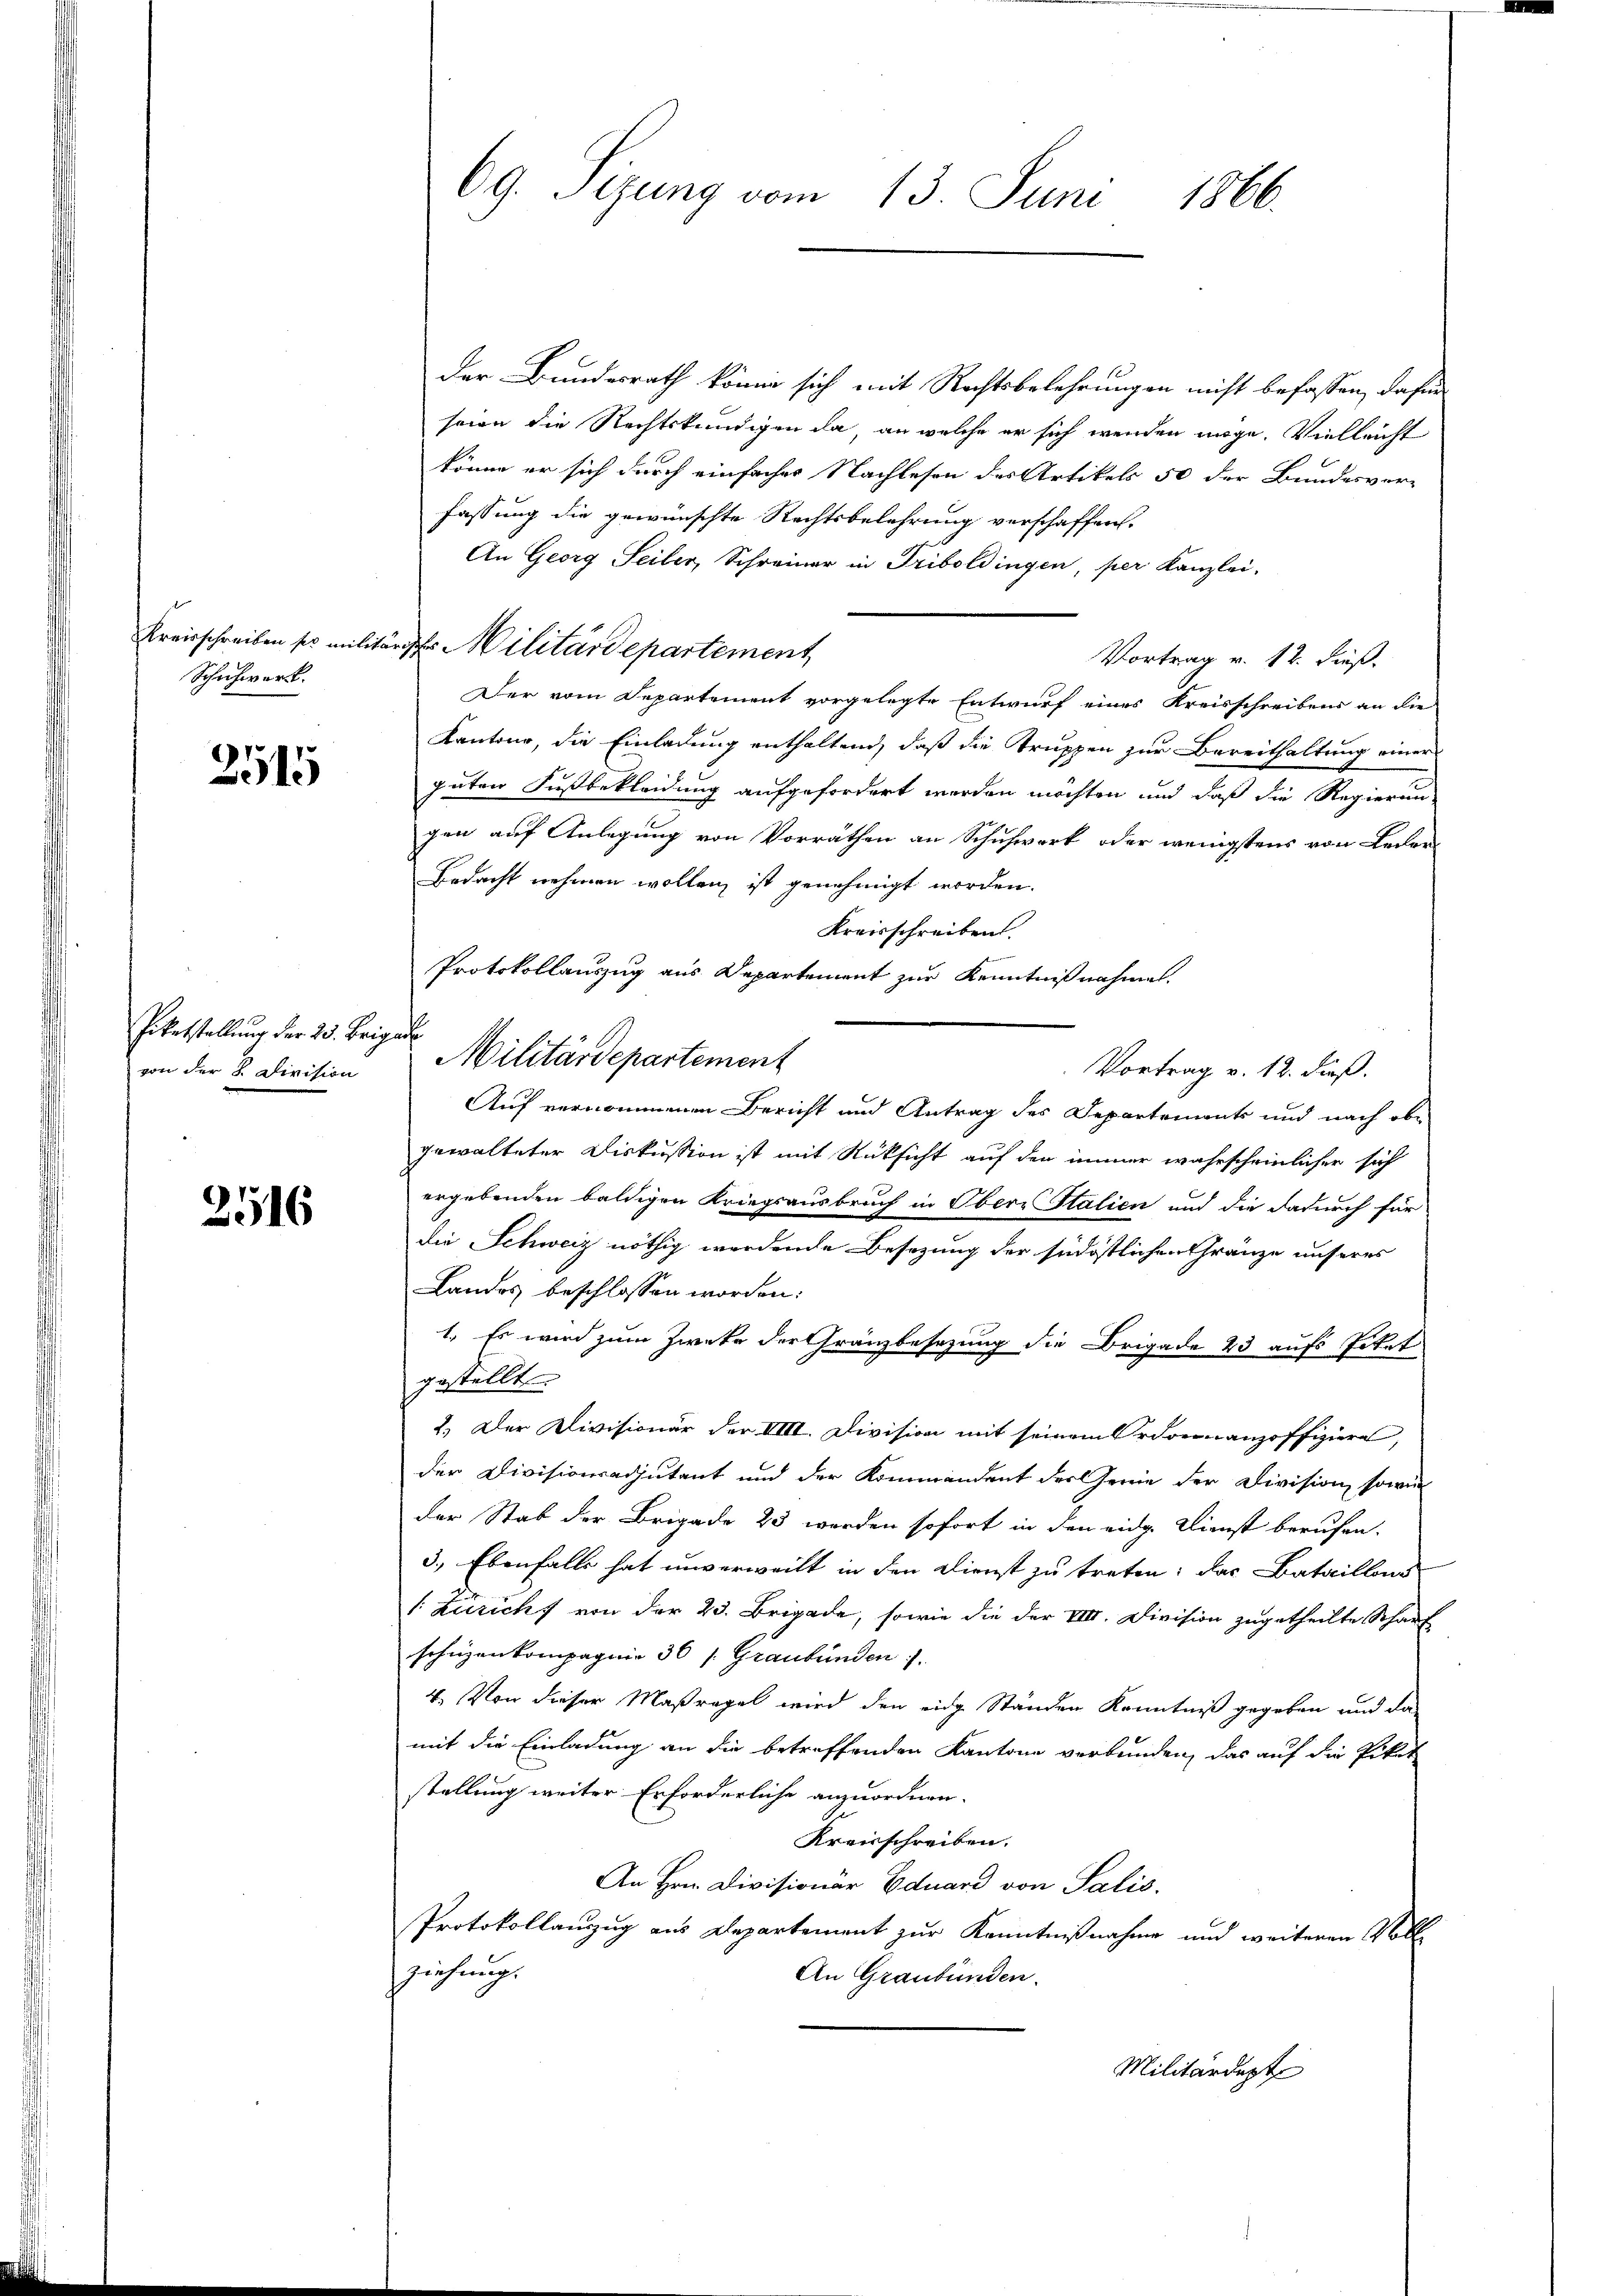
Schichwort.

2515

Piketstellung der 23. Brigade
von der K. Division

2516

69. Sizung vom 13. Juni 1866.

der Bundesrath könne sich mit Rechtsbelehrungen nicht befassen, dafür
seien die Rechtskundigen da, an welche er sich wenden möge. Vielleicht
könne er sich durch einfacher Nachlesen des Artikels 50 der Bundesver-
fassung die gewünschte Rechtsbelehrung verschaffen.
An Georg Seiler, Schreiner in Triboldingen, per Kanzlei-
Kreisschreiben sei militärische Militärdepartement
Vortrag v. 12. dieß.
Der vom Departement vorgelegte Entwurf eines Kreisschreibens an die
Kantone, die Einladung enthaltend, daß die Truppen zur Bereithaltung einer
guten Fußbekleidung aufgefordert werden möchten und daß die Regierun-
gen auf Anlegung von Vorräthen an Schuhwort oder wenigstens von Leder¬
Bedacht nehmen wollen ist genehmigt worden.
Kreisschreiben.
Protokollauszug aus Departement zur Kenntnißnahme.
Vortrag v. 12. dieß.
Auf vernommenen Bericht und Antrag des Departements und nach obe
gewalteter Diskussion ist mit Rüksicht auf den immer wahrscheinlicher sich
ergebenden baldigen Kriegsausbruch in Obern Stalien und die dadurch für
die Schweiz nöthig werdende Besetzung der südöstlichen Gränze unseres
Landes beschlossen worden:
1., Es wird zum Zwete der Gränzbesezung die Brigade 43 aufs Tortet
gestellt.
2.) Der Divisionär der VIII. Division mit seinem Ordonnanzoffiziere,
der Divisionsadjutant und der Kommandant der Genie der Division, sowie
der Stab der Brigade 23 werden sofort in den eidg. Dienst berufen.
3.) Ebenfalls hat unverweilt in den Dienst zu treten: das Bataillons
1: Zuricht von der 23. Brigade, sowie die der VIII. Division zugetheilte Scharf
schüzenkompagnie 30 (Graubünden
4. Von dieser Maßregel wird den eine Ständen Kenntniß gegeben und da
mit die Einladung an die betreffenden Kantone verbunden, das auf die Piker
stellung weiter Erforderliche anzuordnen.
Kreisschreiben.
An Hrn. Divisionar Eduard von Salis
Protokollanzug aus Departement zur Kenntnißnahme und weiteren Voll
ziehung.
An Graubünden.
Militärdept

Militärdepartement